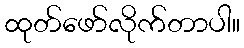
ထုတ်ဖော်လိုက်တာပါ။